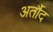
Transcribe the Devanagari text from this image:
अर्तौद